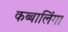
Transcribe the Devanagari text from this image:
कब्बालिंगा